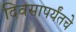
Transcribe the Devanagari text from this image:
दिवसापर्यंतचे